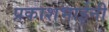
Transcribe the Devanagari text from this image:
प्रकाशभाईनी